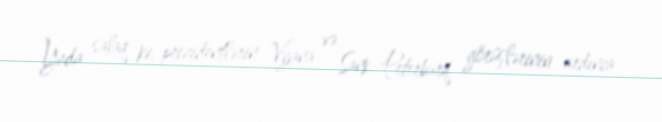
Yada salaq ki, prezidentlərin Vyana və Sank-Peterburq görüşlərinin ardınca